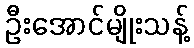
ဦးအောင်မျိုးသန့်